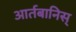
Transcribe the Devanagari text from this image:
आर्तबानिस्